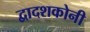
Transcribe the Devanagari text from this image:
द्वादशकोनी